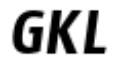
GKL